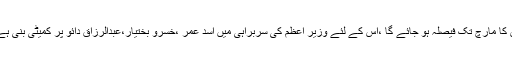
ایم ایل ون کا انتظارہے اور اس کا مارچ تک فیصلہ ہو جائے گا ،اس کے لئے وزیر اعظم کی سربراہی میں اسد عمر ،خسرو بختیار،عبدالرزاق دائو پر کمیٹی بنی ہے جس میں میںبھی شامل ہوں ۔